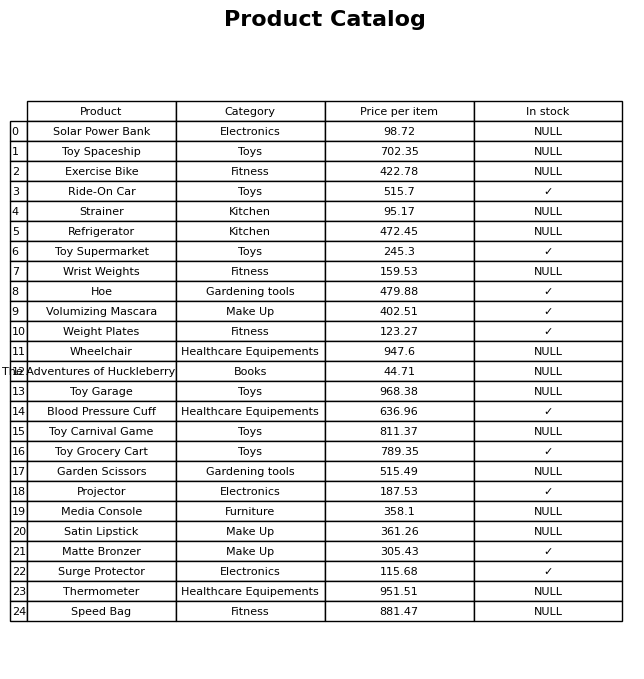
question: What category does the Toy Carnival Game belong to?
answer: Toys